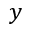
y